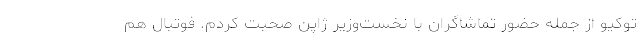
توکیو از جمله حضور تماشاگران با نخست‌وزیر ژاپن صحبت کردم. فوتبال هم